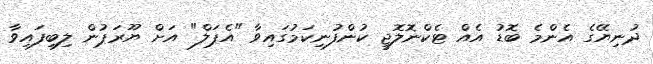
ދުނިޔޭގެ އެންމެ ބޮޑު އެއް ޓެކްނޮލޮޖީ ކުންފުނިކަމުގައިވާ "އެޕަލް" އަށް ޔޫރަޕުން ލިބިފައިވާ